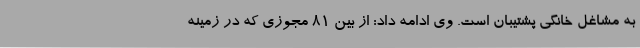
به مشاغل خانگی پشتیبان است. وی ادامه داد: از بین 81 مجوزی که در زمینه